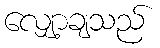
လျှော့ချသည်